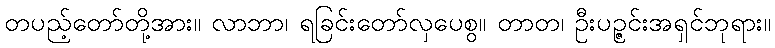
တပည့်တော်တို့အား။ လာဘာ၊ ရခြင်းတော်လှပေစွ။ တာတ၊ ဦးပဉ္ဇင်းအရှင်ဘုရား။